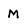
Character: M